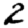
Digit: 2